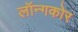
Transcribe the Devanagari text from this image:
लॉन्गकोर